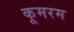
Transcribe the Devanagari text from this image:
कूमरम